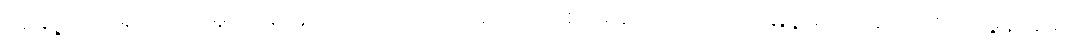
အချို့ပညာရှင်တို့ကမူ သန်ဟူသော ပုဒ်သည် ကောက်စပါး ဟော တိဗက် မြန်မာ တရုတ် ထိုင်း မွန် ခမာ